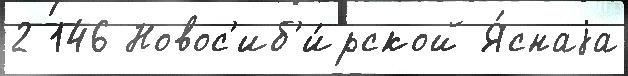
2 146 Новос'иб'и́рской Я́снаjа